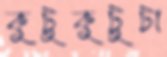
কুটুকুটুটা